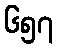
၆၅၇